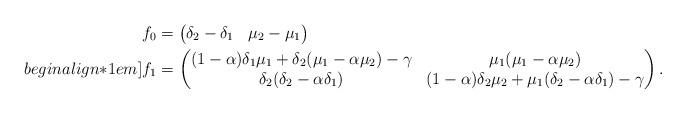
LaTeX: \begin{align*} &f_0=\begin{pmatrix}\delta_2-\delta_1 & \mu_2-\mu_1 \end{pmatrix} \\begin{align*}1em] &f_1=\begin{pmatrix} (1-\alpha)\delta_1\mu_1 + \delta_2(\mu_1-\alpha\mu_2)-\gamma & \mu_1(\mu_1-\alpha\mu_2)\\ \delta_2(\delta_2-\alpha\delta_1) & (1-\alpha)\delta_2\mu_2 + \mu_1(\delta_2-\alpha\delta_1)-\gamma\end{pmatrix}.\end{align*}